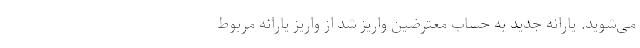
می‌شوید. یارانه جدید به حساب معترضین واریز شد از واریز یارانه مربوط